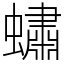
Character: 蟰